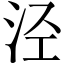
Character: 泾